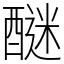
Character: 醚